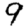
Digit: 9